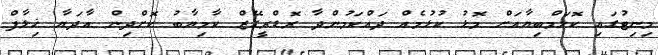
މިނިޓުގައި ކޮލަމްބިޔާއަށް މޮޅު ކުޅުމެއް ދައްކަމުންދާ ރޮޑްރީގޭޒް ކާމިޔާބު ކޮށްދިން އާދަޔާ ޚިލާފް